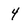
Character: 4